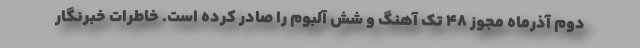
دوم آذرماه مجوز ۴۸ تک آهنگ و شش آلبوم را صادر کرده است. خاطرات خبرنگار